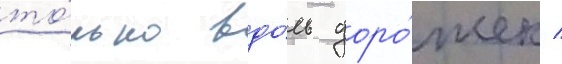
то́лько вдо́ль доро́жек /